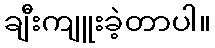
ချီးကျူးခဲ့တာပါ။